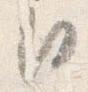
臣